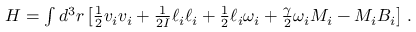
\begin{array} { r } { H = \int d ^ { 3 } r \left[ \frac { 1 } { 2 } v _ { i } v _ { i } + \frac { 1 } { 2 I } \ell _ { i } \ell _ { i } + \frac { 1 } { 2 } \ell _ { i } \omega _ { i } + \frac { \gamma } { 2 } \omega _ { i } M _ { i } - M _ { i } B _ { i } \right] \, . } \end{array}